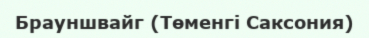
Брауншвайг (Төменгі Саксония)